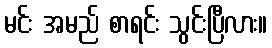
မင်း အမည် စာရင်း သွင်းပြီလား။